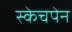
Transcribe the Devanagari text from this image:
स्केचपेन